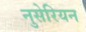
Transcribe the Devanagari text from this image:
नुसेरियन